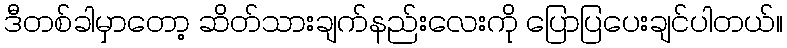
ဒီတစ်ခါမှာတော့ ဆိတ်သားချက်နည်းလေးကို ပြောပြပေးချင်ပါတယ်။